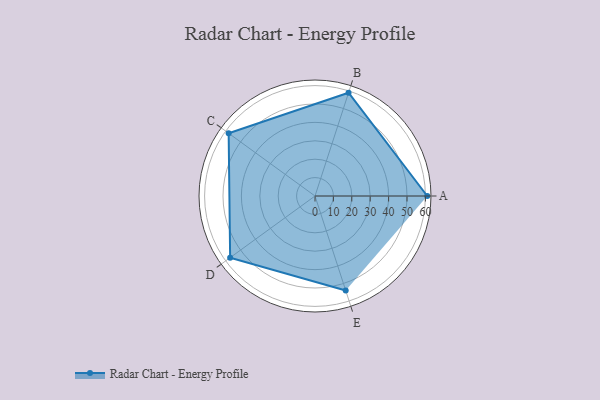
{"axis": {"x": "Skill", "y": "Score"}, "legend": ["Profile"], "data": [{"x": "A", "y": 61.0, "type": "Profile"}, {"x": "B", "y": 59.0, "type": "Profile"}, {"x": "C", "y": 58.0, "type": "Profile"}, {"x": "D", "y": 57.0, "type": "Profile"}, {"x": "E", "y": 54.0, "type": "Profile"}]}